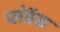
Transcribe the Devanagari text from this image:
प्लेबॅक